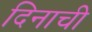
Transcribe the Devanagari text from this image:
दिनाची